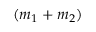
( m _ { 1 } + m _ { 2 } )